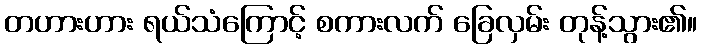
တဟားဟား ရယ်သံကြောင့် စကားလက် ခြေလှမ်း တုန့်သွား၏။